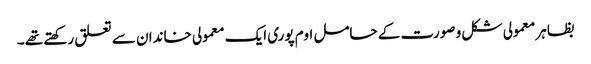
بظاہر معمولی شکل و صورت کے حامل اوم پوری ایک معمولی خاندان سے تعلق رکھتے تھے ۔